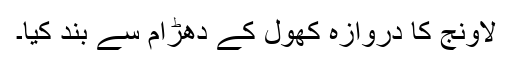
لاونج کا دروازہ کھول کے دھڑام سے بند کیا۔